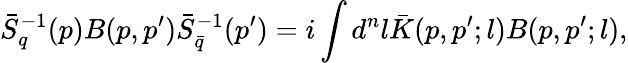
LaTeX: \bar{S}_{q}^{-1}(p)B(p,p^{\prime})\bar{S}_{\bar{q}}^{-1}(p^{\prime})=i\int d^{n}l\bar{K}(p,p^{\prime};l)B(p,p^{\prime};l),